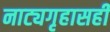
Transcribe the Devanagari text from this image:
नाट्यगृहासही